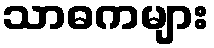
သာဓကများ